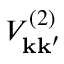
V _ { \mathbf { k } \mathbf { k } ^ { \prime } } ^ { ( 2 ) }